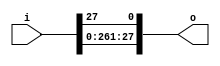
module rol1(o, i);
output 	[1:28] o;
input	[1:28] i;
assign o={i[2:28],i[1]};
endmodule